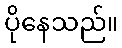
ပိုနေသည်။